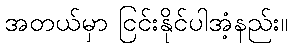
အတယ်မှာ ငြင်းနိုင်ပါအံ့နည်း။